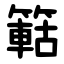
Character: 䉐